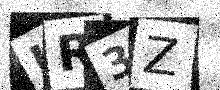
Text: IR3Z